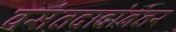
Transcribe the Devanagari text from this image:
वसंतदादांनंतर